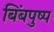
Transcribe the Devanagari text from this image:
बिंबपुष्प